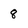
Character: 8